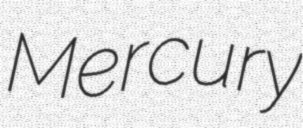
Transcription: Mercury